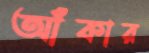
আঁকার